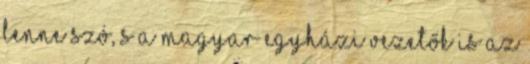
lenne szó, s a magyar egyházi vezetők is az